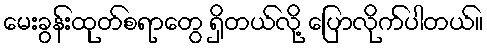
မေးခွန်းထုတ်စရာတွေ ရှိတယ်လို့ ပြောလိုက်ပါတယ်။